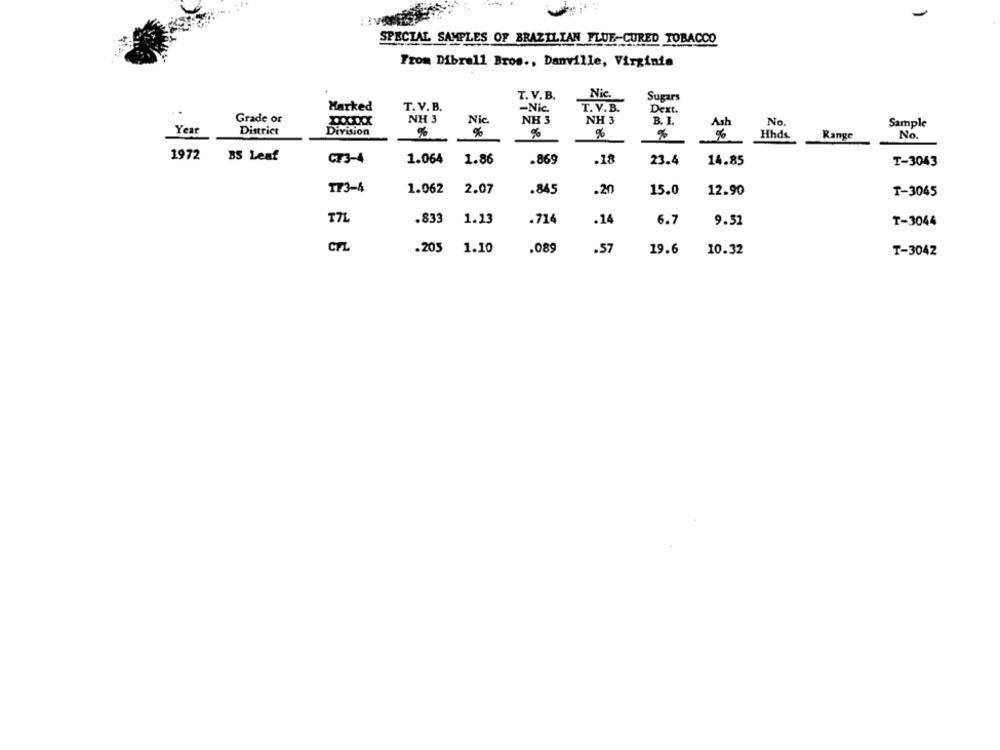
SPECIAL SAMPLES OF BRAZILIAN FLUE-CURED TOBACCO
From Dibrell Bros ., Danville, Virginia
T. V. B.
Nic.
Sugars
Marked
T. V. B.
-Nic.
T. V.B.
Dext.
Grade or
NH 3
Nic.
NH 3
NH 3
B. I.
Ash
No.
Sample
Year
District
Division
%
%
%
%
Hhd&
Range
No.
1972
BS Leaf
CT3-4
1.064
1.86
.869
.18
23.4
14.85
T-3043
T73-4
1.062
2.07
.845
.20
15.0
12.90
T-3045
T71
.833
1.13
.714
.14
6.7
9.51
T-3044
.205
.089
1.10
.57
19.6
10.32
T-3042